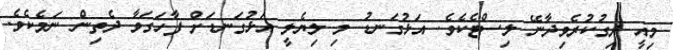
މިއީ ދިގުކުރެވިދާނޭ ލިސްޓެކެވެ. އަޅުގަނޑު މި ލިޔެލީ އަޅުގަނޑަށް ފާހަގަވާ ދެތިން ނަމެކެވެ.